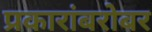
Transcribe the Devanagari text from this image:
प्रकारांबरोबर